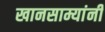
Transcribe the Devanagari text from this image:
खानसाम्यांनी